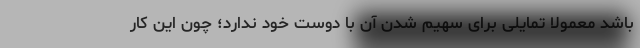
باشد معمولا تمایلی برای سهیم شدن آن با دوست خود ندارد؛ چون این کار